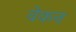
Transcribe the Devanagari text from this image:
वेकन